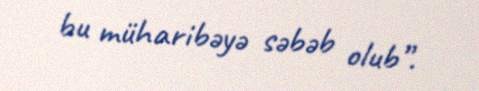
bu müharibəyə səbəb olub”.